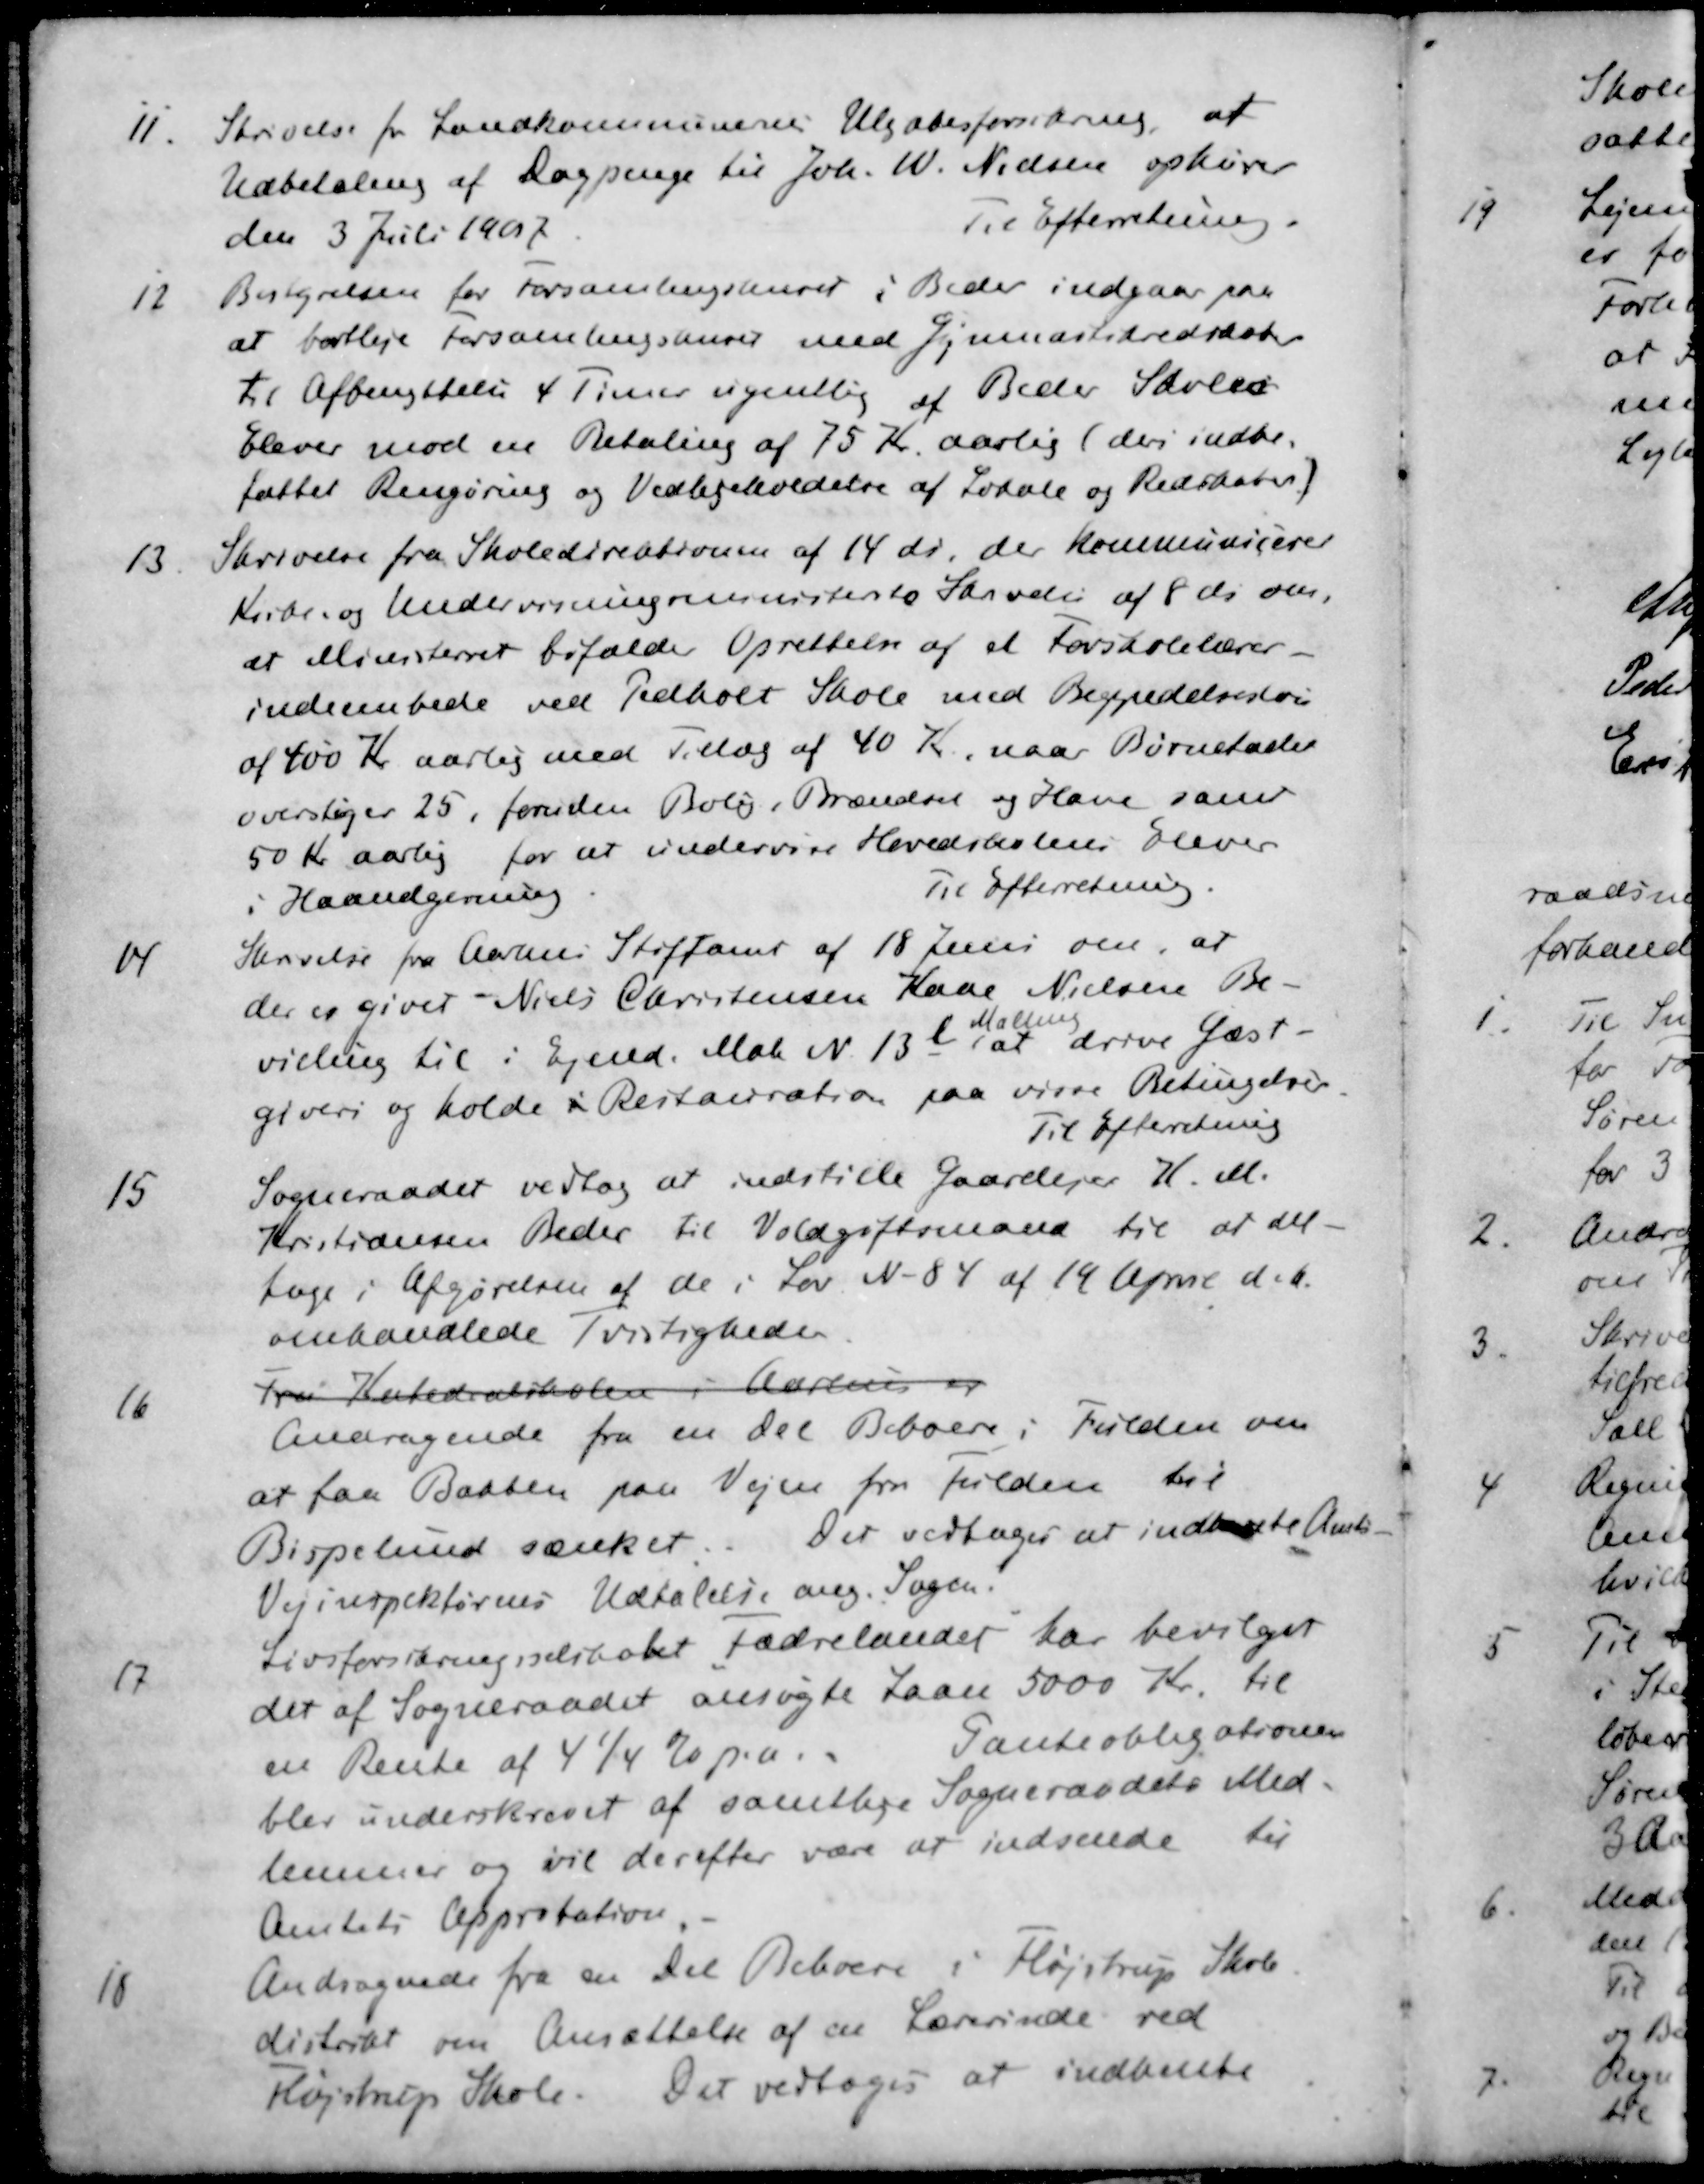
Transskription:
11. Skrivelse for Landkommunernes Ulykkesforsikring, at
Udbetaling af Dagpenge til Joh. W. Nielsen ophører
den 3 Juli 1907
Til Efterretning.
12. Bestyrelsen for Forsamlingshuset i Beder indgaar paa
at bortleje forsamlingshuset med Gymnastikredskaber
til Afbenyttelse 4 Timer ugentlig af Beder Skoles
Elever mod en Betaling af 75 Kr. aarlig (der indbe-
fattet Rengøring og Vedligeholdelse af Lokale og Redskaber)
13. Skrivelse fra Skoledirektionen af 14 ds, der kommunicerer
Kirke- og Undervisningsministeriets Skrivelse af 8 ds om,
at Ministerret bifalder Oprettelse af et Forskolelærer-
indeembede ved Pedholt Skole med Begyndelsesløn
af 400 Kr aarlig med Tillæg af 40 Kr, naar Børnetallet
overstiger 25, foruden Bolig ,Brændsel og Have samt
50 Kr aarlig for at undervise Hovedskolens Elever
i Haandgerning
Til Efterretning.
14. Skrivelse fra Aarhus Stiftamt af 18 Juni om, at
der er giver Niels Christensen Kaae Nielsen Be-
Malling
villing til i Ejend. Matr N. 13l, at drive Gæst-
giveri og holde i Restauration paa visse Betingelser
Til Efterretning
15 Sogneraadet vedtog at indstille Gaardejer H. M.
Kristiansen Beder til Voldgiftsmand til at del-
tage i Afgørelsen af de i Lov N 84 af 14 April d. A.
omhandlede Tvistigheder
16 Fra Katedralskolen i Aarhus "
Andragende fra en del Beboere i Fulden om
at faa Bakken paa Vejen fra Fulden til
Bispelund sænket. Det vedtoges at indhente Amts-
Vejinspektørens Udtalelse ang. Sagen.
17 Livsforsikringsselskabet Fædrelandet har bevilget
det af Sogneraadet ansøgte Laan 5000 Kr til
en Rente af 4 % p.a.
Panteobligationen
blev underskrevet af samtlige Sogneraadets Med-
lemmer og vil derefter være at indsende til
Amtets Approbation
18 Andragende fra en Del Beboere i Fløjstrup Skole-
distrikt om Ansættelse af en Lærerinde ved
Fløjstrup Skole. Det vedtoges at indhente